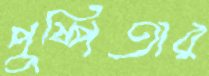
পুষ্পিতার